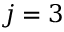
j = 3